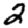
Digit: 2